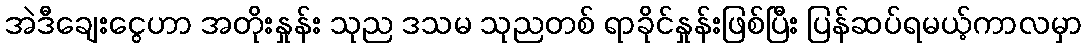
အဲဒီချေးငွေဟာ အတိုးနှုန်း သုည ဒသမ သုညတစ် ရာခိုင်နှုန်းဖြစ်ပြီး ပြန်ဆပ်ရမယ့်ကာလမှာ